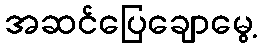
အဆင်ပြေချောမွေ့